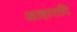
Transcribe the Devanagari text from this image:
आहारादि